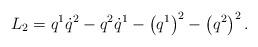
LaTeX: \begin{align*}L_{2}=q^{1}\dot{q}^{2}-q^{2}\dot{q}^{1}-\left(q^{1}\right)^{2}-\left(q^{2}\right)^{2}.\end{align*}